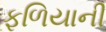
ફળિયાની